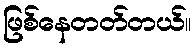
ဖြစ်နေတတ်တယ်။